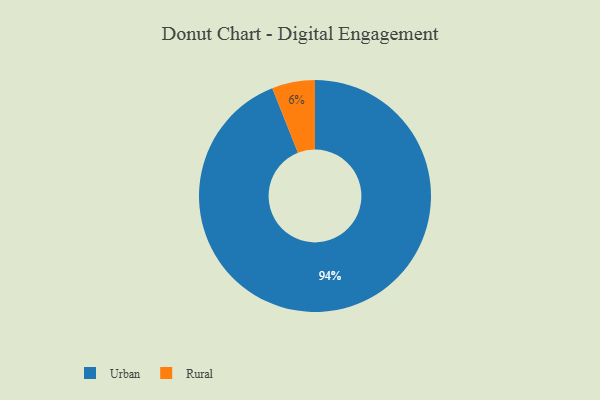
{"axis": {"x": "Category", "y": "Percentage"}, "legend": ["Rural", "Urban"], "data": [{"x": "Urban", "y": 94, "type": "Urban"}, {"x": "Rural", "y": 6, "type": "Rural"}]}